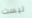
ليست